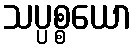
သပ္ပစ္စယော